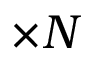
\times N